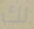
لك